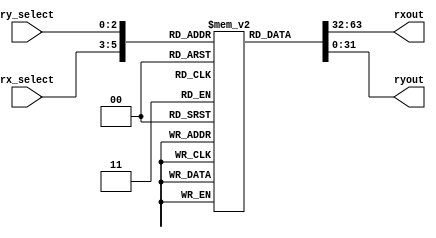
module scalar_regs(rxout,ryout,rx_select,ry_select);
output [31:0]rxout,ryout;
input [2:0]rx_select,ry_select;

reg [31:0]regs[0:7];

assign rxout=regs[rx_select];
assign ryout=regs[ry_select];

initial
begin
regs[0]<=32'd0;
regs[1]<=32'd1;
regs[2]<=32'd2;
regs[3]<=32'd3;
regs[4]<=32'd4;
regs[5]<=32'd5;
regs[6]<=32'd6;
regs[7]<=32'd7;
end

endmodule